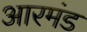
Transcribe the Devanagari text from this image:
आरमंड